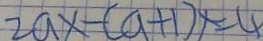
2 a x - ( a + 1 ) x = 4